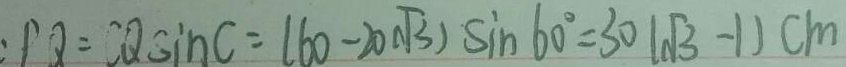
: P Q = C Q \sin C = ( 6 0 - 2 0 \sqrt { 3 } ) \sin 6 0 ^ { \circ } = 3 0 ( \sqrt { 3 } - 1 ) c m